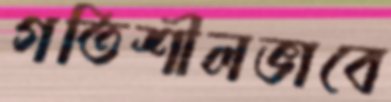
গতিশীলভাবে